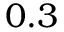
0 . 3